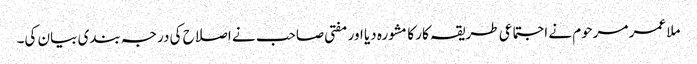
ملا عمر مرحوم نے اجتماعی طریقہ کار کا مشورہ دیا اور مفتی صاحب نے اصلاح کی درجہ بندی بیان کی۔